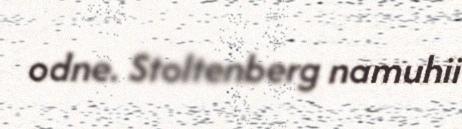
odne. Stoltenberg namuhii